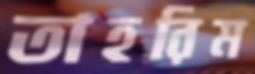
তাহরিম